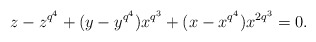
\begin{align*}z-z^{q^4}+(y-y^{q^4})x^{q^3}+(x-x^{q^4})x^{2q^3}=0.\end{align*}